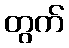
တွက်